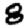
Digit: 8